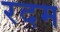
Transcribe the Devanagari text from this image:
रदम